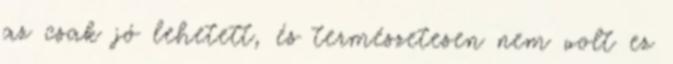
az csak jó lehetett, és természetesen nem volt ez